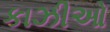
કાઝીઓ